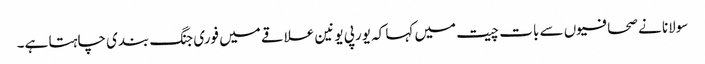
سولانا نے صحافیوں سے بات چیت میں کہا کہ یورپی یونین علاقے میں فوری جنگ بندی چاہتا ہے۔